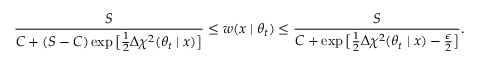
\frac { S } { C + ( S - C ) \exp \big [ \frac { 1 } { 2 } \Delta \chi ^ { 2 } ( \theta _ { t } \mid x ) \big ] } \le w ( x \mid \theta _ { t } ) \le \frac { S } { C + \exp \big [ \frac { 1 } { 2 } \Delta \chi ^ { 2 } ( \theta _ { t } \mid x ) - \frac { \epsilon } { 2 } \big ] } .